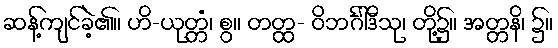
ဆန့်ကျင်ခဲ့၏။ ဟိ-ယုတ္တံ၊ စွ။ တတ္ထ- ဝိဘင်္ဂါဒီသု၊ တို့၌။ အတ္တနိ၊ ၌။